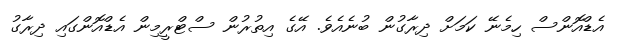
އެޑްއޮންސް ހިމެނޭ ކަމަށް ދިރާގުން ބުނެއެވެ. އޭގެ އިތުރުން ސްޓްރީމިން އެޑްއޮންގައި ދިރާގު